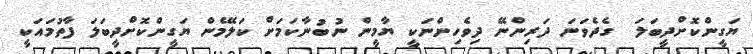
ޔަގީންކޮށްދީބަލަ  ގެދެވަނަ ދަރިންނޭ ދިވެހިންނަކީ ޔާމީން ނުބުނާކަމަށް ކަލޭމެން ޔަގީންކޮށްދީބަލަ ފާތުމައަކީ